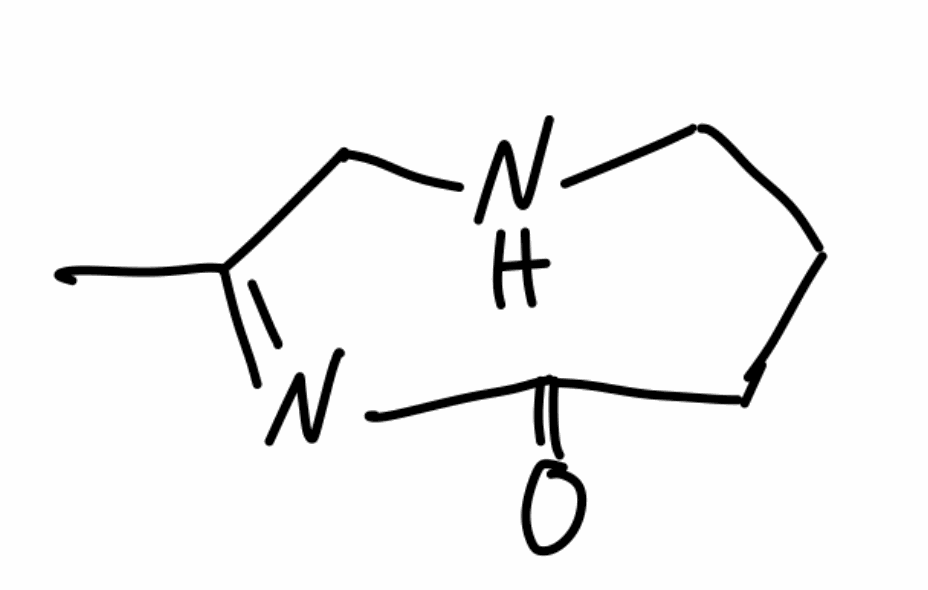
Simplified molecular-input line-entry system (SMILES) notation of the given molecule:
CC1=NC(=O)CCCNC1